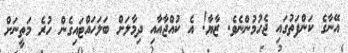
އޭނާގެ ކަންފަތުގައި ޖެހުމުންނެވެ. ޒާޔާ! އެ ކުއްޖާއާއި ދިމާލަށް ބަލަހައްޓައިގެން ހުރެ މަތީނަށް